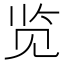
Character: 览